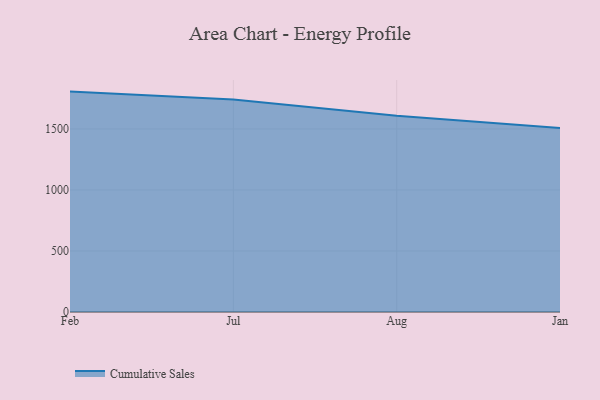
{"axis": {"x": "Month", "y": "Net Income (USD K)"}, "legend": ["Cumulative Sales"], "data": [{"x": "Feb", "y": 1806.3, "type": "Cumulative Sales"}, {"x": "Jul", "y": 1742.4, "type": "Cumulative Sales"}, {"x": "Aug", "y": 1608.8, "type": "Cumulative Sales"}, {"x": "Jan", "y": 1507.0, "type": "Cumulative Sales"}]}